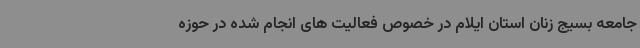
جامعه بسیج زنان استان ایلام در خصوص فعالیت های انجام شده در حوزه